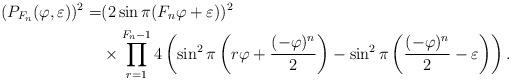
LaTeX: \begin{align*}(P_{F_{n}}(\varphi,\varepsilon))^2=&(2 \sin \pi( F_{n} \varphi + \varepsilon))^2 \\&\times \prod_{r=1}^{F_{n}-1}4 \left(\sin^2 \pi \left(r \varphi + \frac{(-\varphi)^{n}}{2}\right)- \sin^2 \pi \left(\frac{(-\varphi)^{n}}{2} - \varepsilon\right) \right).\end{align*}